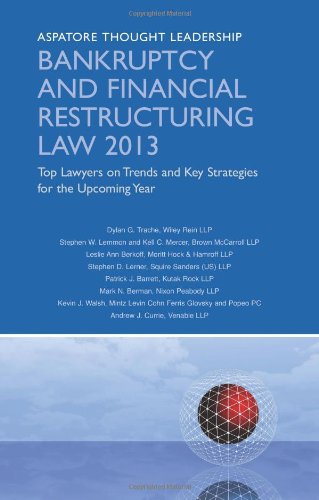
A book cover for Bankruptcy and Financial Restructuring Law 2013: Top Lawyers on Trends and Key Strategies for the Upcoming Year (Aspatore Thought Leadership); Multiple Authors; Law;